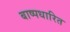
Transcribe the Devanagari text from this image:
बाष्पधारित